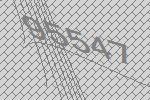
95547